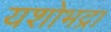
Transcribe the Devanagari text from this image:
यशोभद्रा